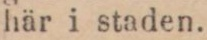
här i staden.